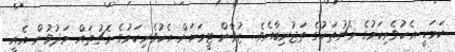
ކަމަކީ އެކުވެރިކަމުގެ މެޗުތަކުގެ ތަޖުރިބާއެވެ. ޒުވާން ޓީމަކަށް އެކުވެރިކަމުގެ މެޗުތައް މަދުވުން އެއީ